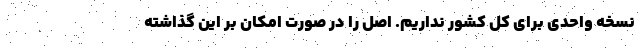
نسخه واحدی برای کل کشور نداریم. اصل را در صورت امکان بر این گذاشته